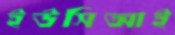
ইউসিআই